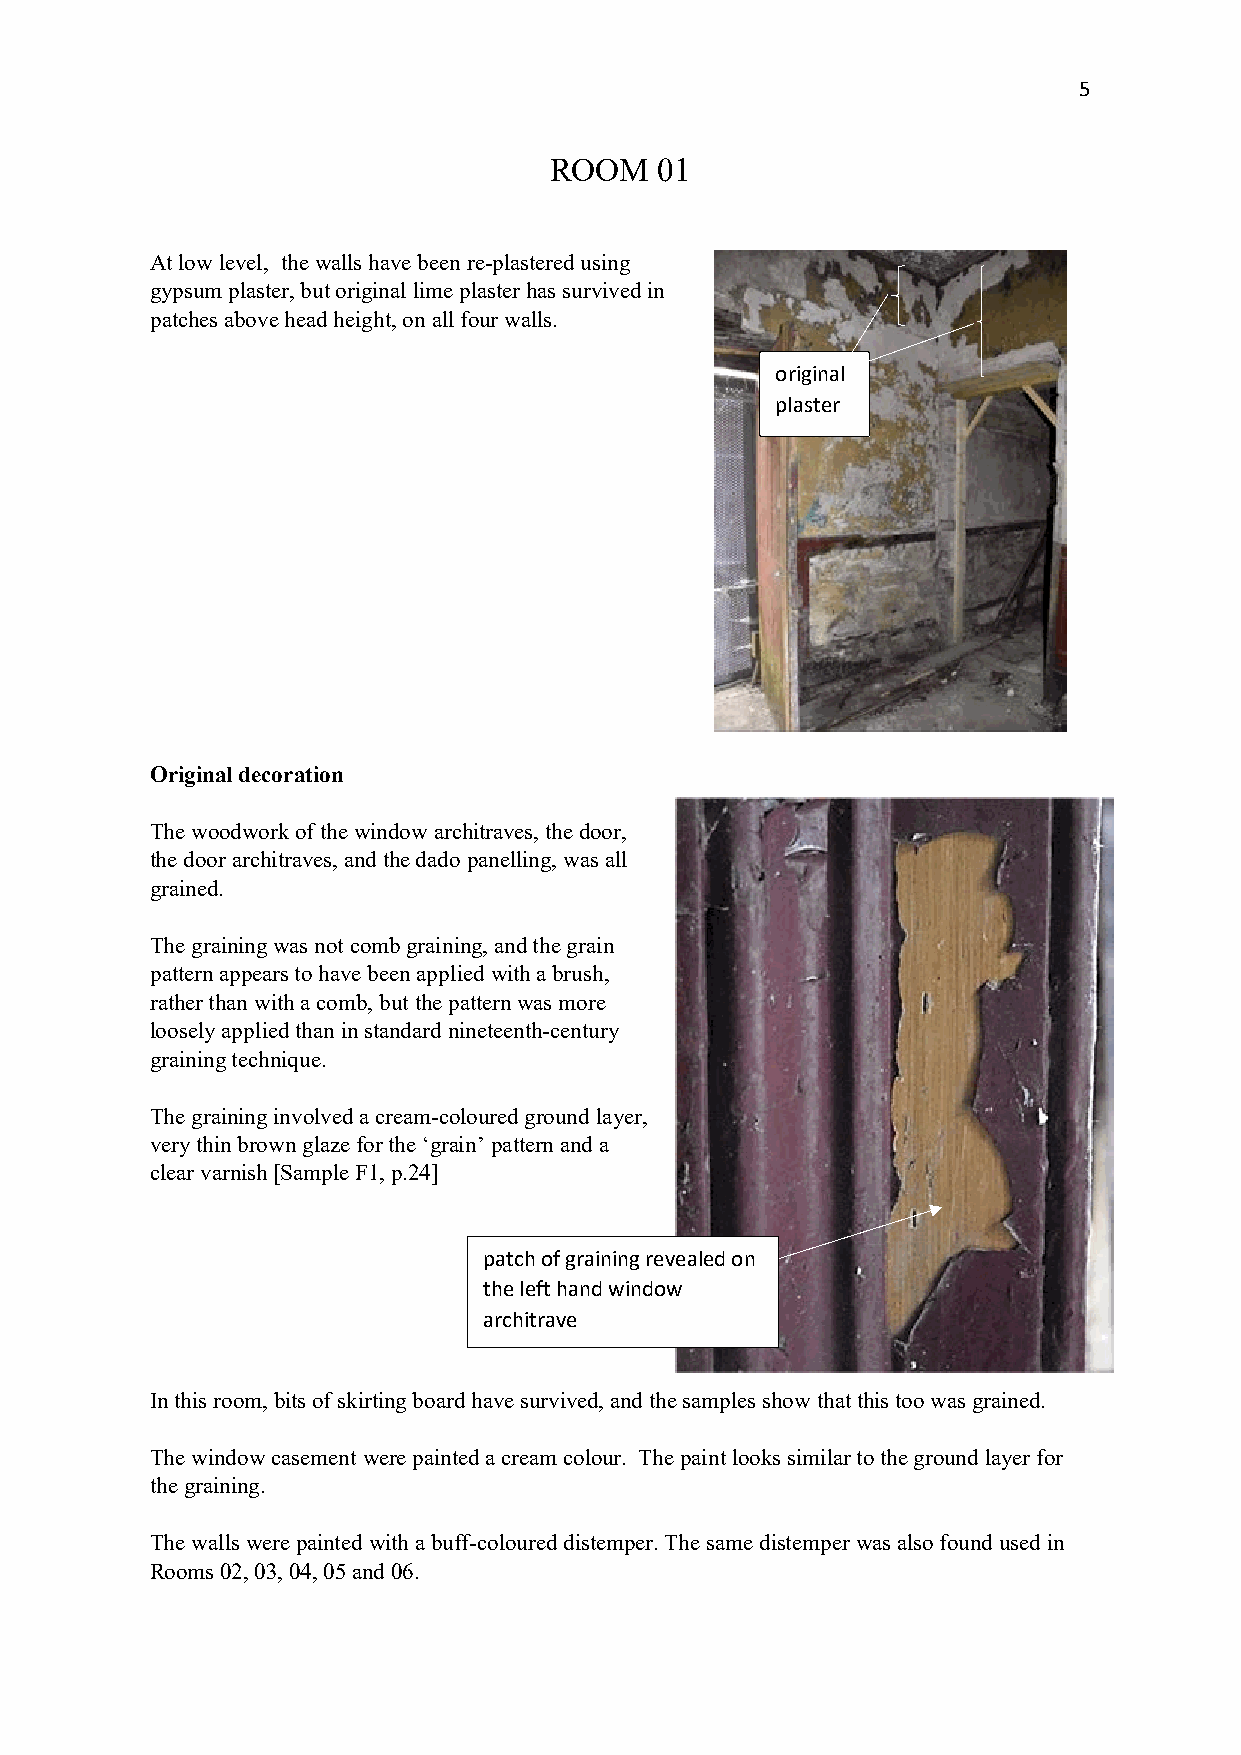
5
 ROOM    01
 At low level, the walls have been re-plastered using
 gypsum plaster, but original lime plaster has survived in
 patches above head height, on all four walls.
 original
 plaster
 Original decoration
 The woodwork of the window architraves, the door,
 the door architraves, and the dado panelling, was all
 grained.
 The graining was not comb graining, and the grain
 pattern appears to have been applied with a brush,
 rather than with a comb, but the pattern was more
 loosely applied than in standard nineteenth-century
 graining technique.
 The graining involved a cream-coloured ground layer,
 very thin brown glaze for the ‘grain’ pattern and a
 clear varnish [Sample F1, p.24]
 patch of graining revealed on
 the left hand window
 architrave
 In this room, bits of skirting board have survived, and the samples show that this too was grained.
 The window casement were painted a cream colour. The paint looks similar to the ground layer for
 the graining.
 The walls were painted with a buff-coloured distemper. The same distemper was also found used in
 Rooms 02, 03, 04, 05 and 06.